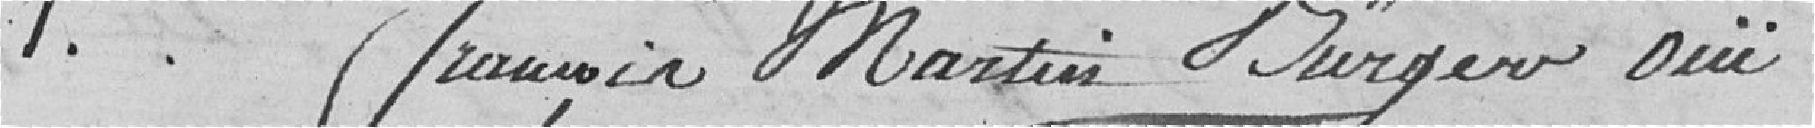
1. François Martin Bürger oui